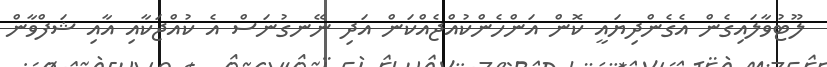
ލޫޓުވާލައިގެން އެގެންދިޔައީ ކޮން އަންހެންކުއްޖެއްކަން އަދި ނޭނގުނަސް އެ ކުއްޖަކާއި އާއި ޝަފްވާން